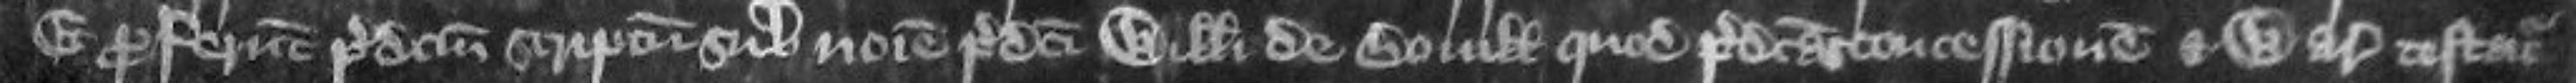
Et proferunt predictum scriptum sub nomine predicti Willelmi de Boville quod predictam concessionem et waranciam testatur